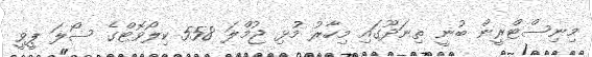
މިނިސްޓްރީން ބުނީ ތިނަދޫގައި މިހާރު މުޅި ޖުމްލަ 558 ކިލޯވޮޓްގެ ސޯލަ ޕީވީ